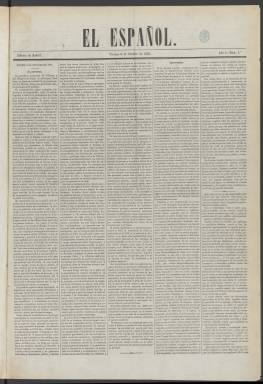
Título: El Español (Madrid. 1865)
Colección: Periódicos
Ámbito geográfico: Madrid
Lugar de publicación: Madrid
Fechas: 06/10/1865-29/09/1868